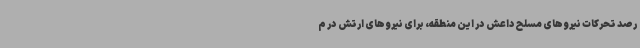
رصد تحرکات نیروهای مسلح داعش در این منطقه، برای نیروهای ارتش در م